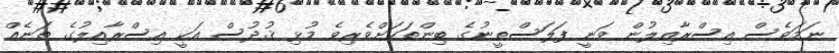
ނަމަވެސް އިސްރާއިލުން ވަނީ ފަލަސްތީނުގެ ބިންތަކަށްވެރިވެ މުޅި ޤުދުސް އަކީ އިސްރާއިލުގެ ތަނެއް